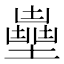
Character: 𡒽